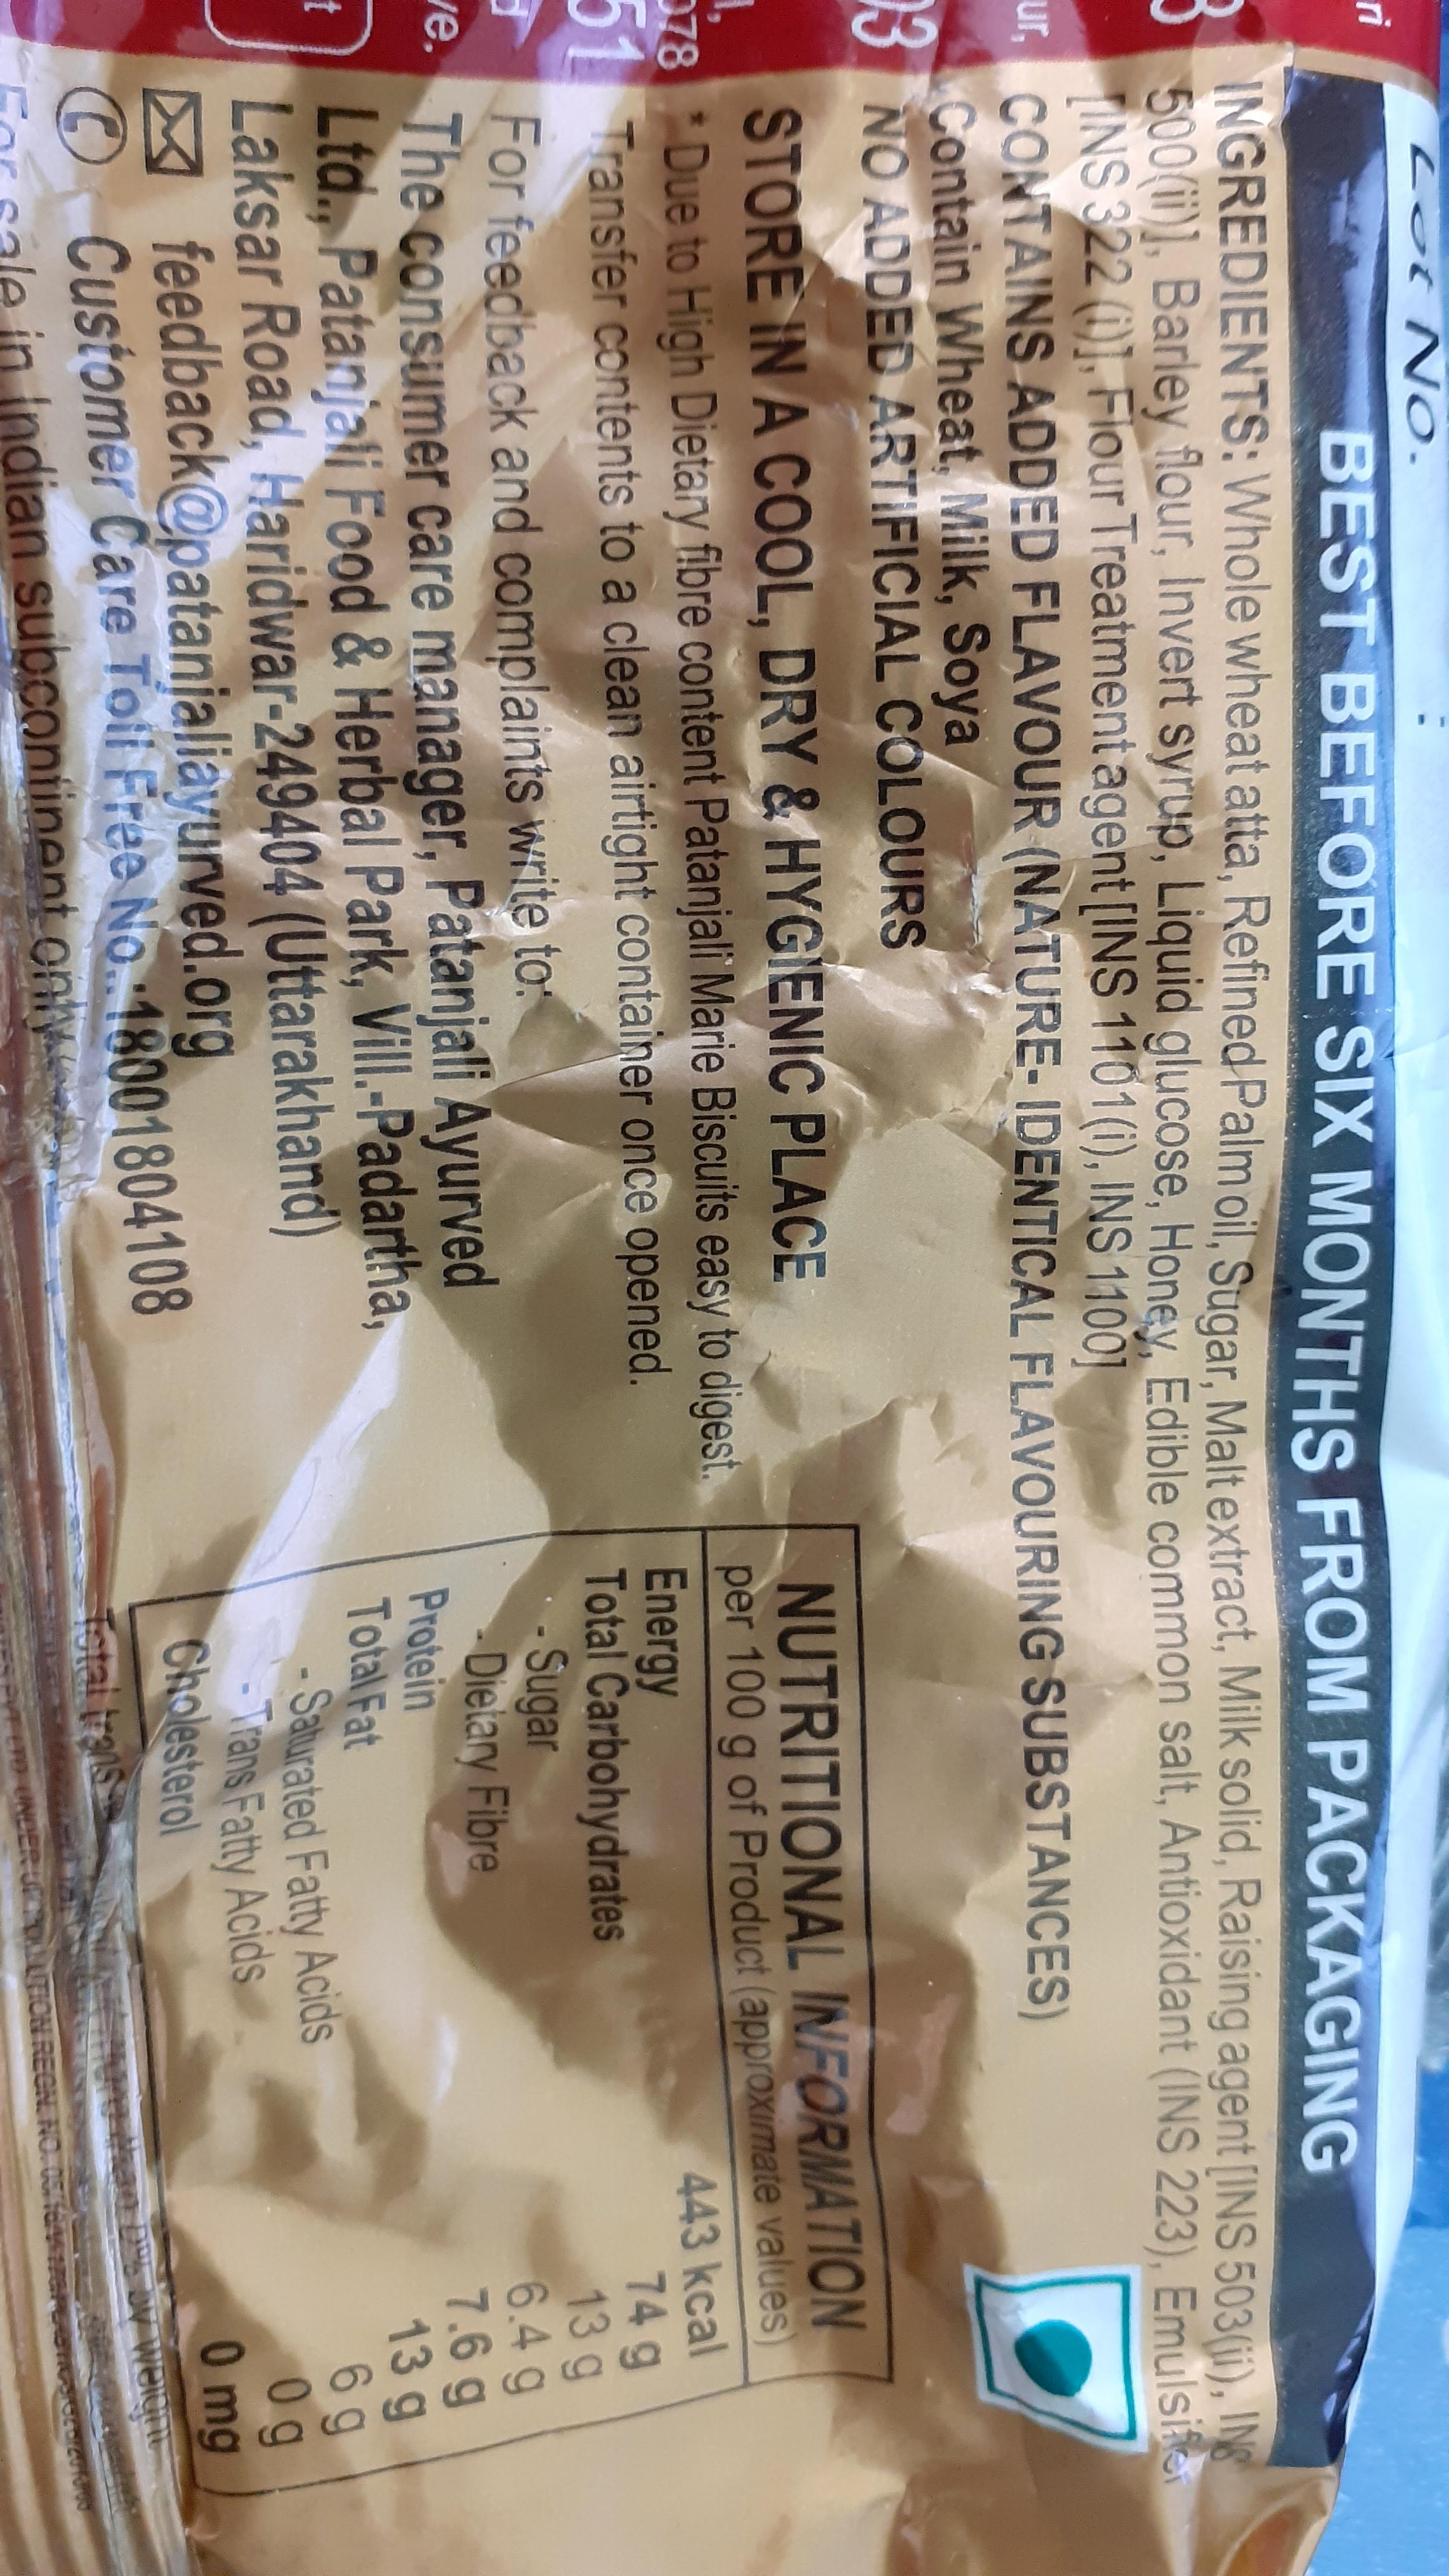
Lot No.
ri
BEST BEFORE SIX MONTHS FROM PACKAGING
INGREDIENTS: Whole wheat atta, Refined Palm oil, Sugar. Malt extract, Milk solid, Raising agent [INS 503(ii), INS
3
500(ii)], Barley flour, Invert syrup, Liquid glucose, Honev. Edible common salt, Antioxidant (INS 223), Emulsie INS 322 (1)], Flour Treatment agent [INS 1101(1), INS 11001 ur, CONTAINS ADDED FLAVOUR (NATURE-IDENTICAL FLAVOURING SUBSTANCES) Contain Wheat. Milk, Soya 3 NO ADDED ARTIFICIAL COLOURS
NUTRITIONAL INFORMATION per 100 g of Product (approximate values) Energy Total Carbohydrates - Sugar -Dielary Fibre Protein Total Fat Saturated Fatty Acids - Trans Fatty Acids Cholesterol
STORE IN A CO0OL, DRY & HYGIENIC PLACE
078 Due to High Dietary fibre content Patanjali Marie Biscuits easy to digest. 51 Transfer contents to a clean airtight container once opened.
443 kcal 74 g
For feedback and complaints write to: ve. The consumer care manager, Patanjali Ayurved Ltd., Patanjali Food & Herbal Park, Vill.-Padartha, Laksar Road, Haridwar-249404 (Uttarakhand) | feedback@patanjaliayurved.org © Customer Care Toii Free No 18001804108 in Indian subcontinent only
13 g 6.4g 7.6g 13 g 6 9 0g 0 mg
IN
t
Total trans
o UNDERUTOTION REGN. NO.05/6s